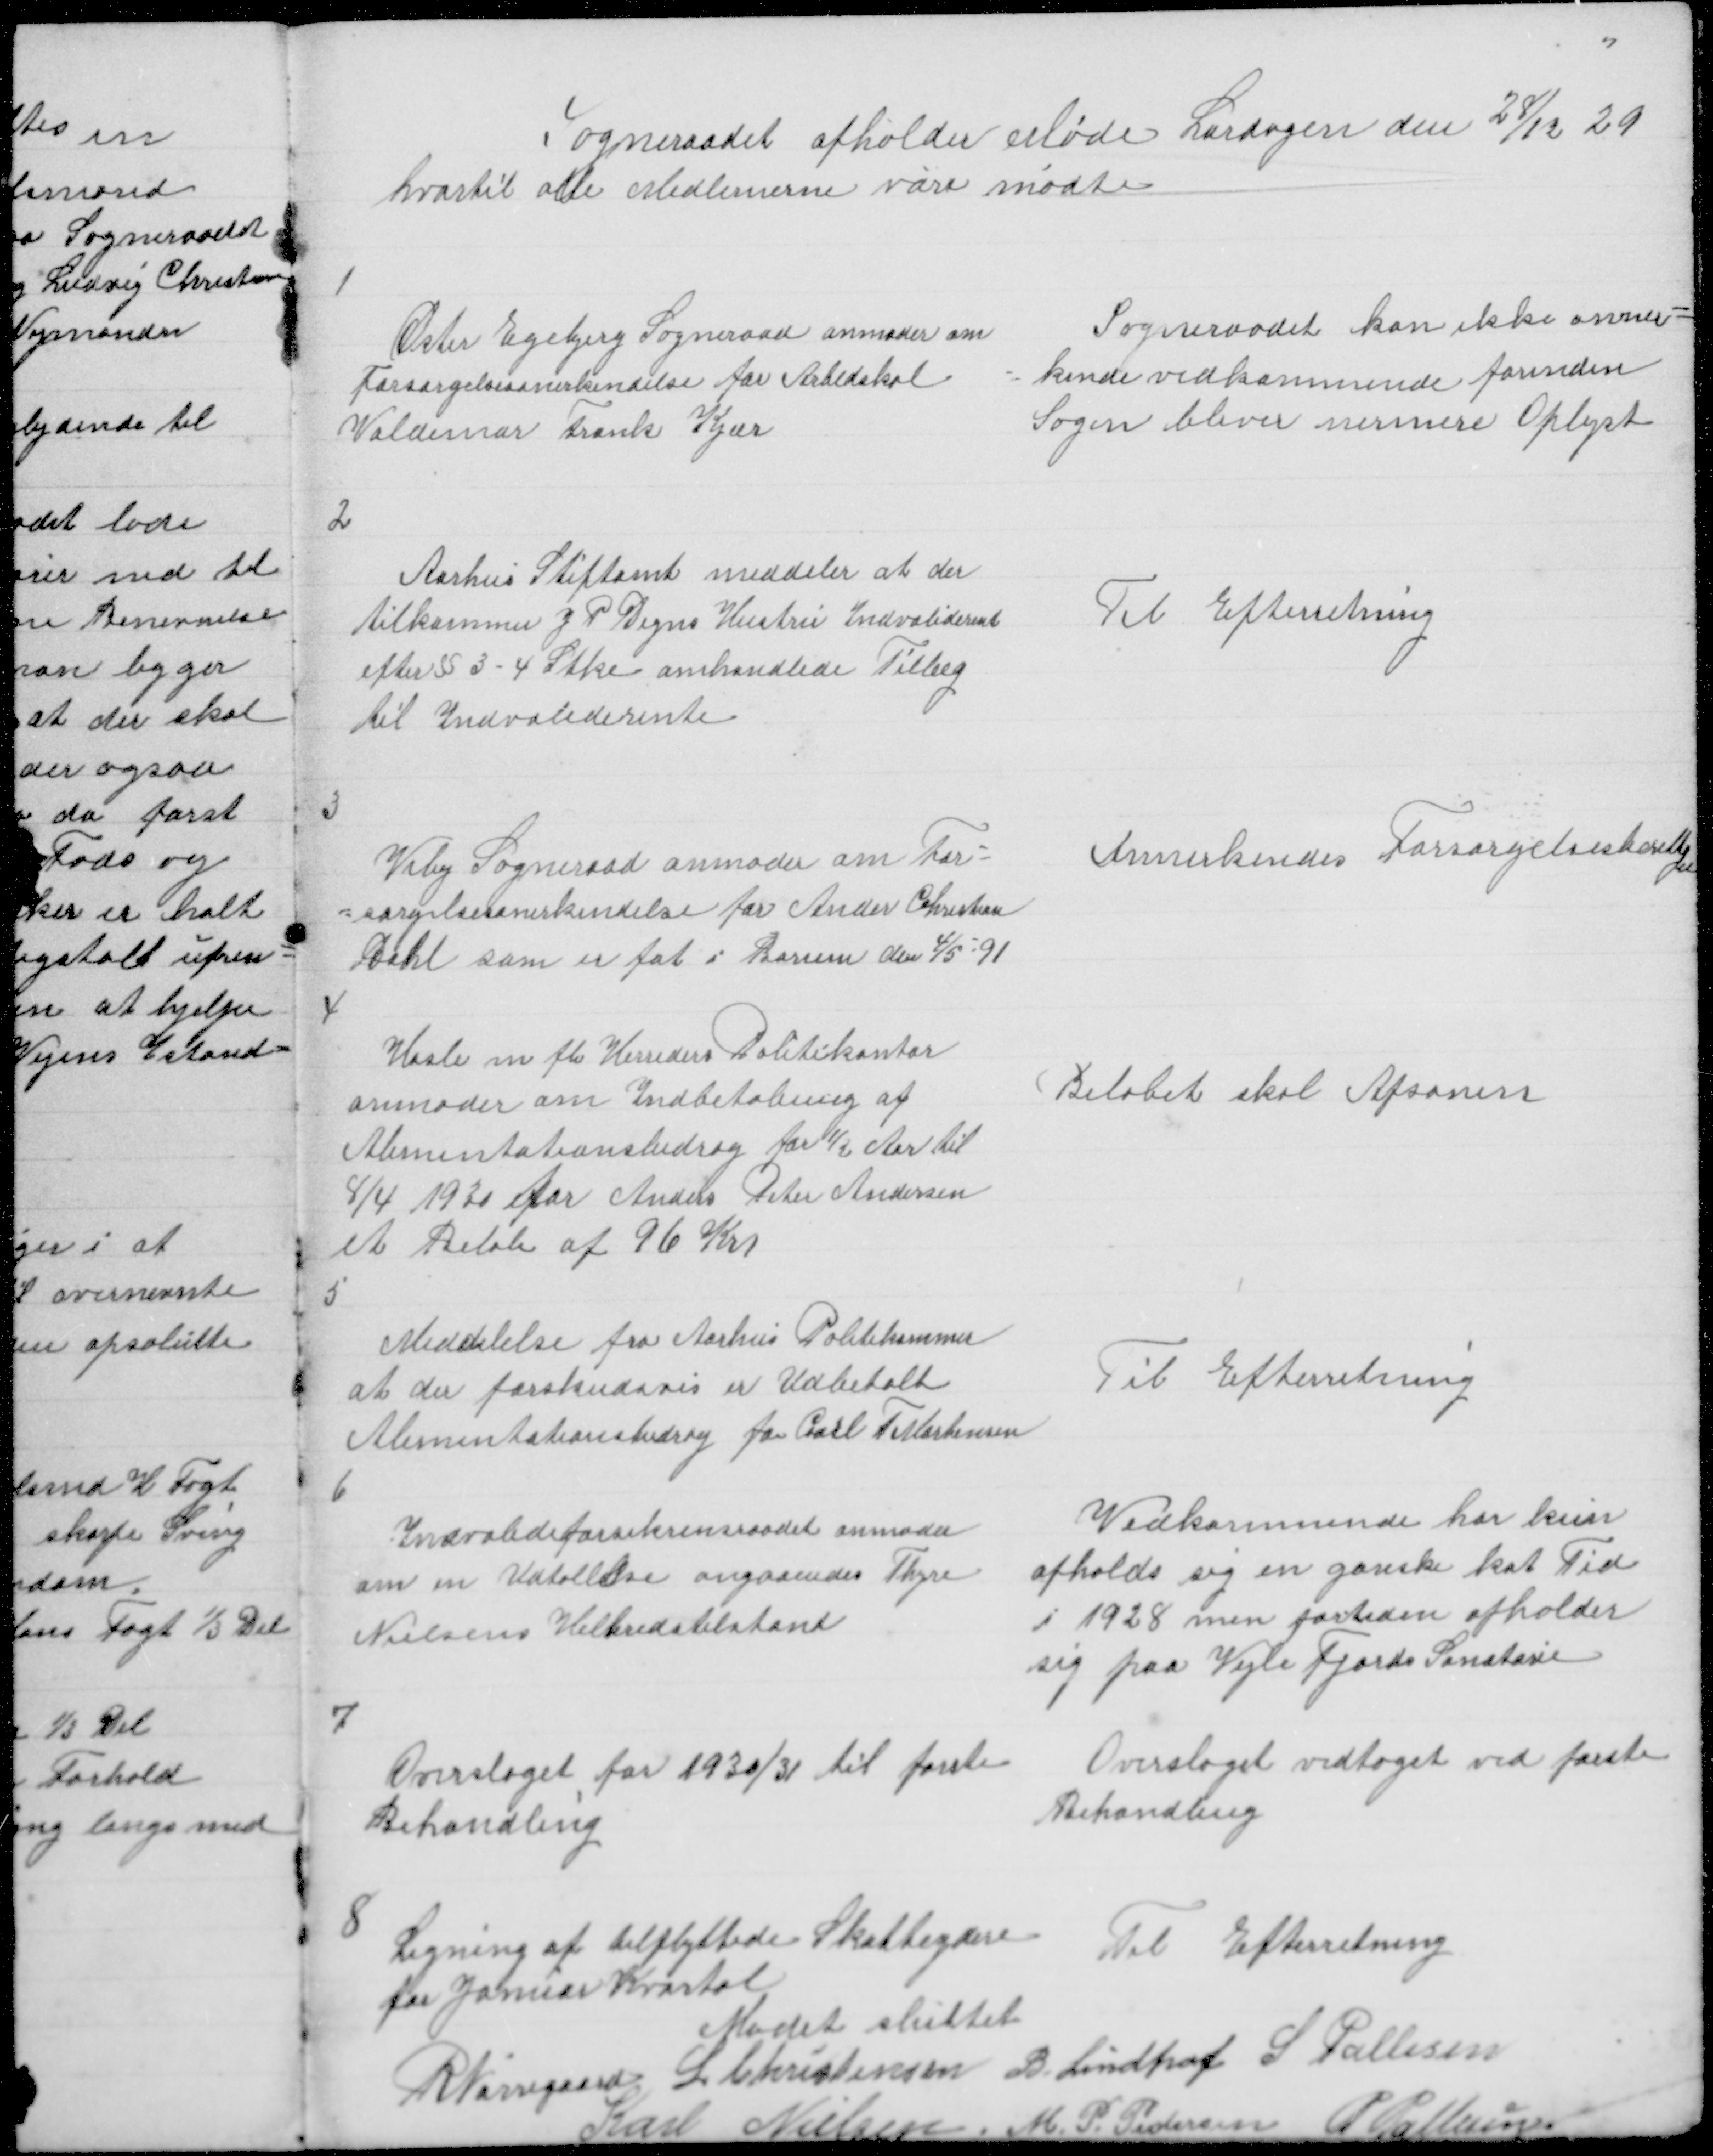
Transskription:
Sogneraadet afholder Møde Lørdagen den 28/12 29
hvortil alle Medlemerne vare mødte

1

Øster Egebjerg Sogneraad anmoder om
Forsørgelsesanerkendelse for Arbedskal
Valdemar Frank Kjær

Sogneraadet kan ikke anner =
= kende vedkommende forinden
Sagen bliver nermere Oplyst

2

Aarhus Stiftamt meddeler at der
tilkommer J P Degns Hustru Indvaliderent
efter § 3 - 4 Stke omhandlede Tillæg
til Indvaliderente

Til Efterretning

3

Viby Sogneraad anmoder om For =
= sørgelsesanerkendelse for Ander Christian
Dahl som er føt i Borum den 4/5 = 91

Annerkendes Forsørgelsesberettiget

4

Hasle m fl Herreders Politikontor
anmoder om Indbetaling af
Alimentationsbidrag for ½ Aar til
8/4 1930 for Anders Peter Andersen
et Beløb af 96 Kr

Beløbet skal Afsones

5

Meddelelse fra Aarhus Politikammer
at der forskudsvis er Udbetalt
Alimentationsbidrag for Carl T Mortensen
6

Til Efterretning

Indvalideforsikrinsraadet anmoder
om en Udtallelse angaaendes Thyre
Nielsens Helbredstilstand

Vedkommende har kun
opholdt sig en ganske kot Tid
i 1928 men fortiden opholder
sig paa Vejle Fjords Sanatorie

7

Overslaget for 1930/31 til første
Behandling

Overslaget vedtaget ved første
Behandling

8

Ligning af tilflyttede Skatteydere
Til Efterretning
for Januar Kvartal
Mødet sluttet
R Nørregaard L Christensen B Lindhof S Pallesen
Karl Nielsen
M. P. Pedersen
P Pallesen